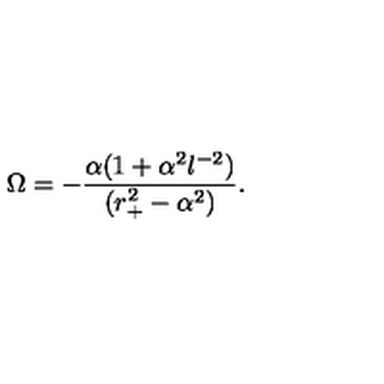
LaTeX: \Omega = - { \frac { \alpha ( 1 + \alpha ^ { 2 } l ^ { - 2 } ) } { ( r _ { + } ^ { 2 } - \alpha ^ { 2 } ) } } .